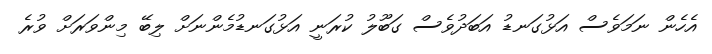
އެހެން ނަމަވެސް އަޅުގަނޑު އަބަދުވެސް ގަބޫލު ކުރަނީ އަޅުގަނޑުމެންނަށް ލިބޭ މިންވަރަށް ވުރެ